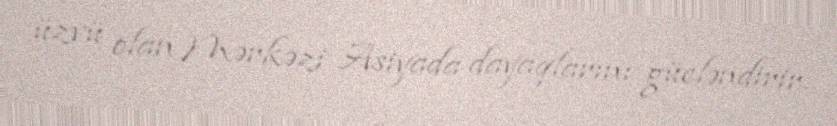
üzvü olan Mərkəzi Asiyada dayaqlarını gücləndirir.